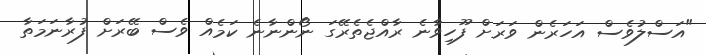
"އަސްލުވެސް އަހަރެން ވަރަށް ފޫހިވާނެ ރާއްޖެތެރޭގަ ނޯންނާނެ ކަމެއް ވެސް ބޭރަށް ފުރާނަމަތާ